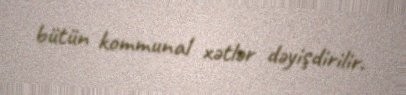
bütün kommunal xətlər dəyişdirilir.